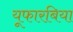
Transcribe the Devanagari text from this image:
यूफारबिया